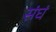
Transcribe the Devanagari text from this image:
संघं